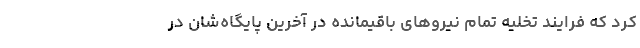
کرد که فرایند تخلیه تمام نیروهای باقیمانده در آخرین پایگاه‌شان در